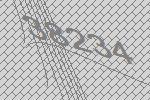
38234